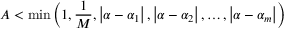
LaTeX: A < \operatorname* { m i n } \left( 1 , { \frac { 1 } { M } } , \left| \alpha - \alpha _ { 1 } \right| , \left| \alpha - \alpha _ { 2 } \right| , \ldots , \left| \alpha - \alpha _ { m } \right| \right)